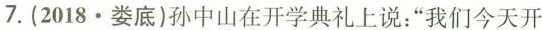
7.（2018·娄底）孙中山在开学典礼上说：”我们今天开